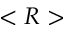
< R >